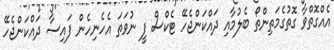
އެއްގޮތްވާ ގޮތުގެމަތިންތޯ ބެލުމާއި ދައްކަންޖެހޭ ޓެކްސް ފީ ނުވަތަ އެހެނިހެން ފައިސާ ދައްކަންޖެހޭ